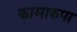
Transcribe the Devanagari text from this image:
कामारुपा